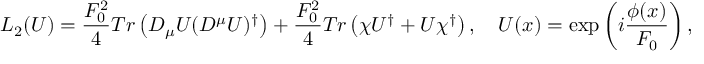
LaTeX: { \cal L } _ { 2 } ( U ) = \frac { F _ { 0 } ^ { 2 } } { 4 } T r \left( D _ { \mu } U ( D ^ { \mu } U ) ^ { \dagger } \right) + \frac { F _ { 0 } ^ { 2 } } { 4 } T r \left( \chi U ^ { \dagger } + U \chi ^ { \dagger } \right) , \quad U ( x ) = \exp \left( i \frac { \phi ( x ) } { F _ { 0 } } \right) ,